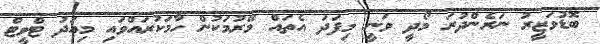
ބޮޑުވަޒީރު ނަރެންދުރަ މޯދީ ވަނީ މިފަދަ އެތައް މޭރުމަކުން ހާމަކުރައްވައި މިއަދު ޓްވީޓް